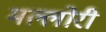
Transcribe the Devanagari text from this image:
मल्लोरी